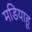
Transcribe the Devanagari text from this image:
मडियाहू